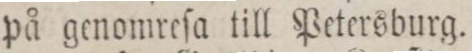
på genomreſa till Petersburg.